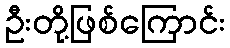
ဦးတို့ဖြစ်ကြောင်း